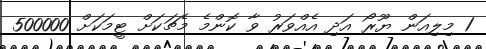
1 މިލިއަން ޔޫރޯ އަދި އެއްވަރު ވާ ކޮންމެ މެޗަކަށް ޓީމަކަށް 500000